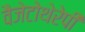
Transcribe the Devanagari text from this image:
वैजेटोथेरेपी